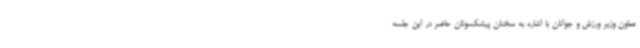
معاون وزیر ورزش و جوانان با اشاره به سخنان پیشکسوتان حاضر در این جلسه